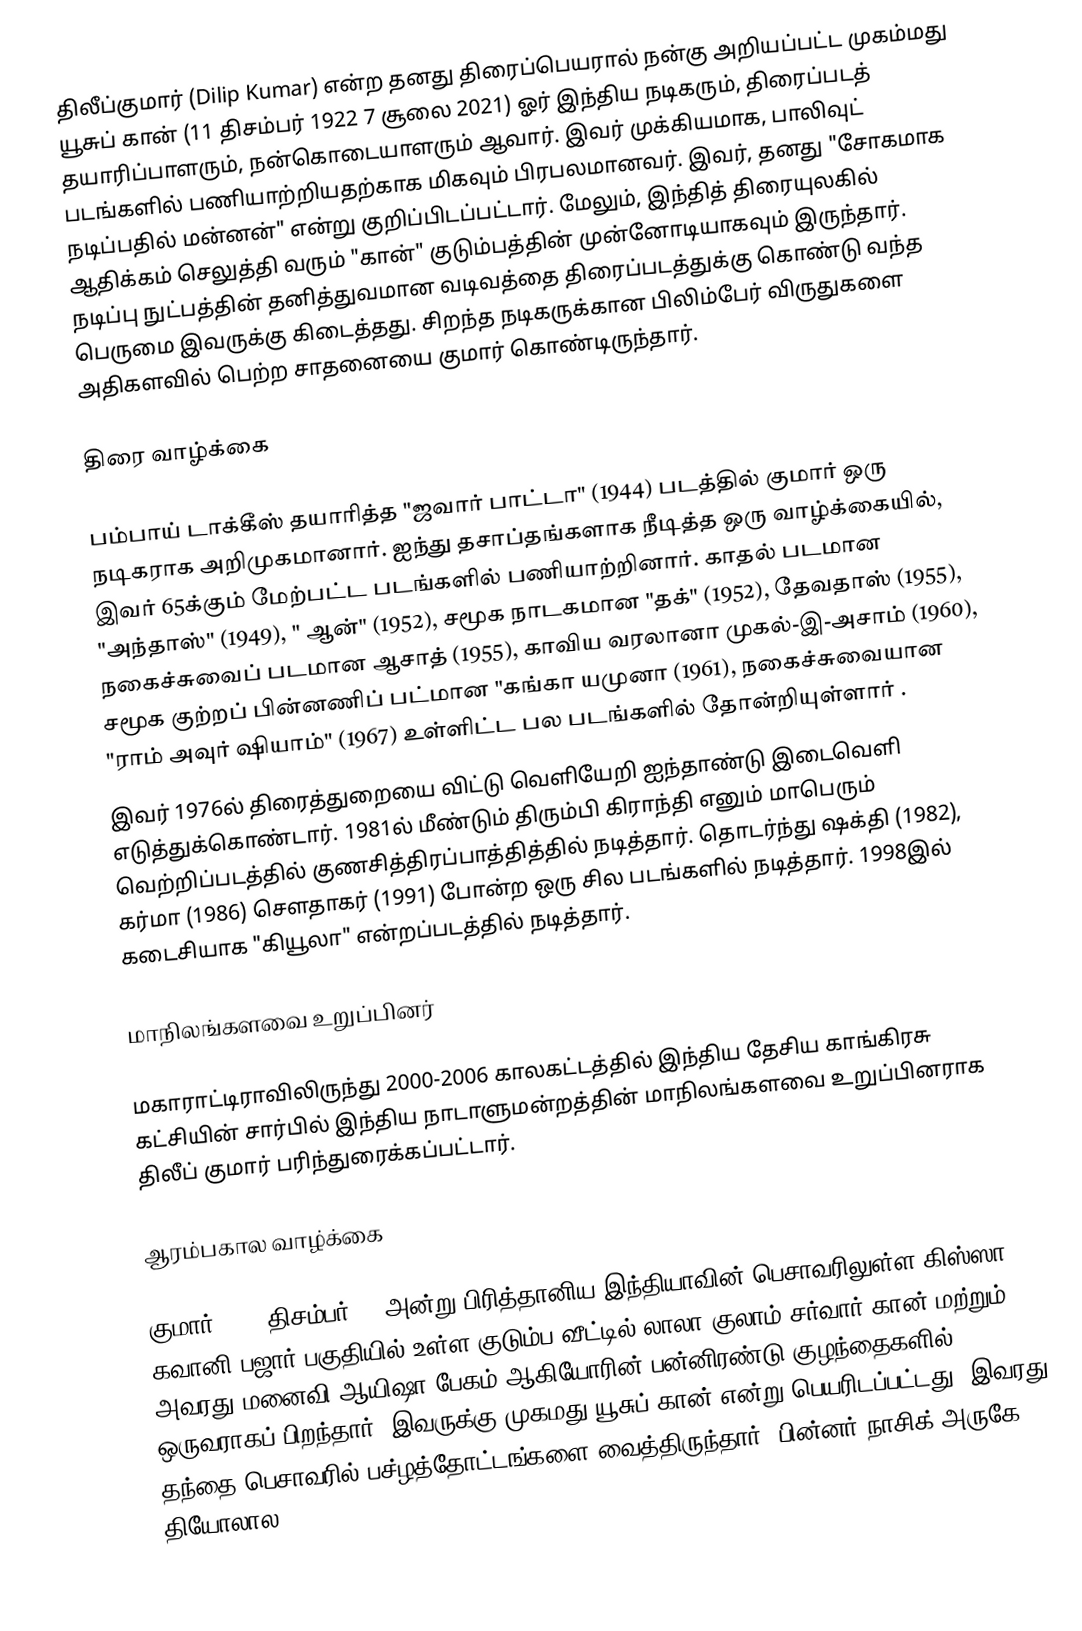
திலீப்குமார் (Dilip Kumar) என்ற தனது திரைப்பெயரால் நன்கு அறியப்பட்ட முகம்மது யூசுப் கான் (11 திசம்பர் 1922  7 சூலை 2021) ஓர் இந்திய நடிகரும், திரைப்படத் தயாரிப்பாளரும், நன்கொடையாளரும் ஆவார். இவர் முக்கியமாக, பாலிவுட் படங்களில் பணியாற்றியதற்காக மிகவும் பிரபலமானவர். இவர், தனது "சோகமாக நடிப்பதில் மன்னன்" என்று குறிப்பிடப்பட்டார். மேலும், இந்தித் திரையுலகில் ஆதிக்கம் செலுத்தி வரும் "கான்" குடும்பத்தின் முன்னோடியாகவும் இருந்தார். நடிப்பு நுட்பத்தின் தனித்துவமான வடிவத்தை திரைப்படத்துக்கு கொண்டு வந்த பெருமை இவருக்கு கிடைத்தது. சிறந்த நடிகருக்கான பிலிம்பேர் விருதுகளை அதிகளவில் பெற்ற சாதனையை குமார் கொண்டிருந்தார்.

திரை வாழ்க்கை

பம்பாய் டாக்கீஸ் தயாரித்த "ஜவார் பாட்டா" (1944) படத்தில் குமார் ஒரு நடிகராக அறிமுகமானார். ஐந்து தசாப்தங்களாக நீடித்த ஒரு வாழ்க்கையில், இவர் 65க்கும் மேற்பட்ட படங்களில் பணியாற்றினார். காதல் படமான "அந்தாஸ்" (1949), " ஆன்" (1952), சமூக நாடகமான "தக்" (1952), தேவதாஸ் (1955), நகைச்சுவைப் படமான ஆசாத் (1955), காவிய வரலானா முகல்-இ-அசாம் (1960), சமூக குற்றப் பின்னணிப் பட்மான "கங்கா யமுனா (1961), நகைச்சுவையான "ராம் அவுர் ஷியாம்" (1967) உள்ளிட்ட பல படங்களில் தோன்றியுள்ளார் .
இவர் 1976ல் திரைத்துறையை விட்டு வெளியேறி ஐந்தாண்டு இடைவெளி எடுத்துக்கொண்டார். 1981ல் மீண்டும் திரும்பி கிராந்தி எனும் மாபெரும் வெற்றிப்படத்தில் குணசித்திரப்பாத்தித்தில் நடித்தார். தொடர்ந்து ஷக்தி (1982), கர்மா (1986) சௌதாகர் (1991) போன்ற ஒரு சில படங்களில் நடித்தார். 1998இல் கடைசியாக "கியூலா" என்றப்படத்தில் நடித்தார்.

மாநிலங்களவை உறுப்பினர்

மகாராட்டிராவிலிருந்து 2000-2006 காலகட்டத்தில் இந்திய தேசிய காங்கிரசு கட்சியின் சார்பில் இந்திய நாடாளுமன்றத்தின் மாநிலங்களவை உறுப்பினராக திலீப் குமார் பரிந்துரைக்கப்பட்டார்.

ஆரம்பகால வாழ்க்கை

குமார் 1922 திசம்பர் 11 அன்று பிரித்தானிய இந்தியாவின் பெசாவரிலுள்ள கிஸ்ஸா கவானி பஜார் பகுதியில் உள்ள குடும்ப வீட்டில் லாலா குலாம் சர்வார் கான் மற்றும் அவரது மனைவி ஆயிஷா பேகம் ஆகியோரின் பன்னிரண்டு குழந்தைகளில் ஒருவராகப் பிறந்தார். இவருக்கு முகமது யூசுப் கான் என்று பெயரிடப்பட்டது. இவரது தந்தை பெசாவரில் பச்ழத்தோட்டங்களை வைத்திருந்தார். பின்னர் நாசிக் அருகே தியோலால